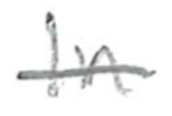
Text: In
Cross-out: single-line
Writing tool: pencil